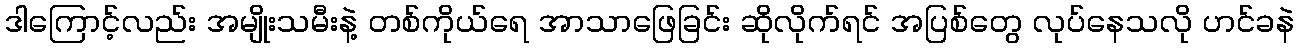
ဒါကြောင့်လည်း အမျိုးသမီးနဲ့ တစ်ကိုယ်ရေ အာသာဖြေခြင်း ဆိုလိုက်ရင် အပြစ်တွေ လုပ်နေသလို ဟင်ခနဲ